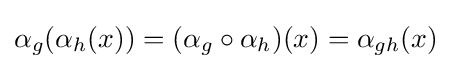
\alpha _{g}(\alpha _{h}(x))=(\alpha _{g}\circ \alpha _{h})(x)=\alpha _{gh}(x)